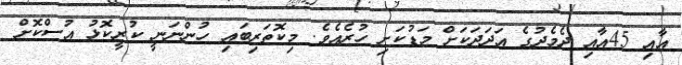
އާއި 45އާއި ދެމެދުގެ އަދަދަކަށް މަޑުކަށި ހުރެއެވެ. މިކޮތަރިބައި ހުންނަނީ ކުރީކޮޅު އުސްކޮށް